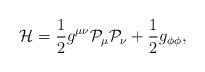
LaTeX: \begin{align*}{\cal H}=\frac{1}{2}g^{\mu\nu}{\cal P}_\mu{\cal P}_\nu+\frac{1}{2}g_{\phi\phi},\end{align*}